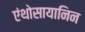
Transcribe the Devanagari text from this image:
एंथोसायानिन